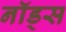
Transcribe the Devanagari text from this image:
नॉड्स